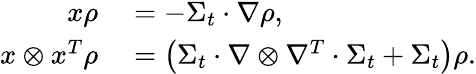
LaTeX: \begin{array}{rl}{x\rho}&{{}=-\Sigma_{t}\cdot\nabla\rho,}\\ {x\otimes x^{T}\rho}&{{}=\left(\Sigma_{t}\cdot\nabla\otimes\nabla^{T}\cdot\Sigma_{t}+\Sigma_{t}\right)\rho.}\end{array}